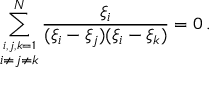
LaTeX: \sum _ { \stackrel { i , j , k = 1 } { i \neq j \neq k } } ^ { N } \frac { \xi _ { i } } { ( \xi _ { i } - \xi _ { j } ) ( \xi _ { i } - \xi _ { k } ) } = 0 \, .